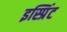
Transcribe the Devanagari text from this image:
इस्प्रिंट